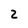
Character: 2